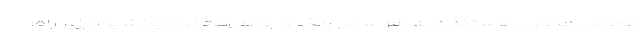
عمومی محوری هستند و به هر سالی رنگ و بو می‌دهند". جانشین وزیر راه: